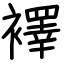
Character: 襗